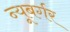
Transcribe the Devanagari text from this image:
न्यूबर्गर